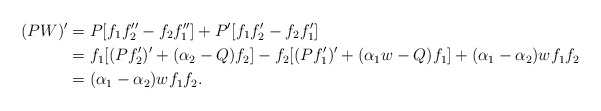
\begin{align*} (PW)' & = P[f_1f_2''- f_2 f_1''] + P'[f_1f_2' - f_2 f_1'] \\& = f_1[ (Pf_2')' + (\alpha_2 -Q) f_2] -f_2 [ (Pf_1')' + (\alpha_1w - Q) f_1] + (\alpha_1 - \alpha_2 )w f_1 f_2\\& =(\alpha_1 - \alpha_2 )w f_1 f_2.\end{align*}